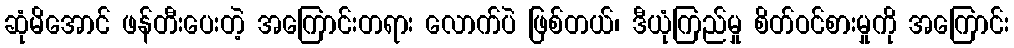
ဆုံမိအောင် ဖန်တီးပေးတဲ့ အကြောင်းတရား လောက်ပဲ ဖြစ်တယ်၊ ဒီယုံကြည်မှု စိတ်ဝင်စားမှုကို အကြောင်း